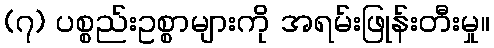
(၇) ပစ္စည်းဥစ္စာများကို အရမ်းဖြုန်းတီးမှု။